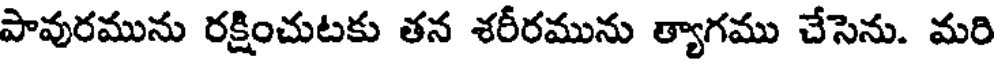
పావురమును రక్షించుటకు తన శరీరమును త్యాగము చేసెను. మరి